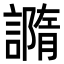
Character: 䜏